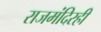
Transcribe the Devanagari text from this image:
राजमंदिरही